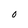
Character: 0